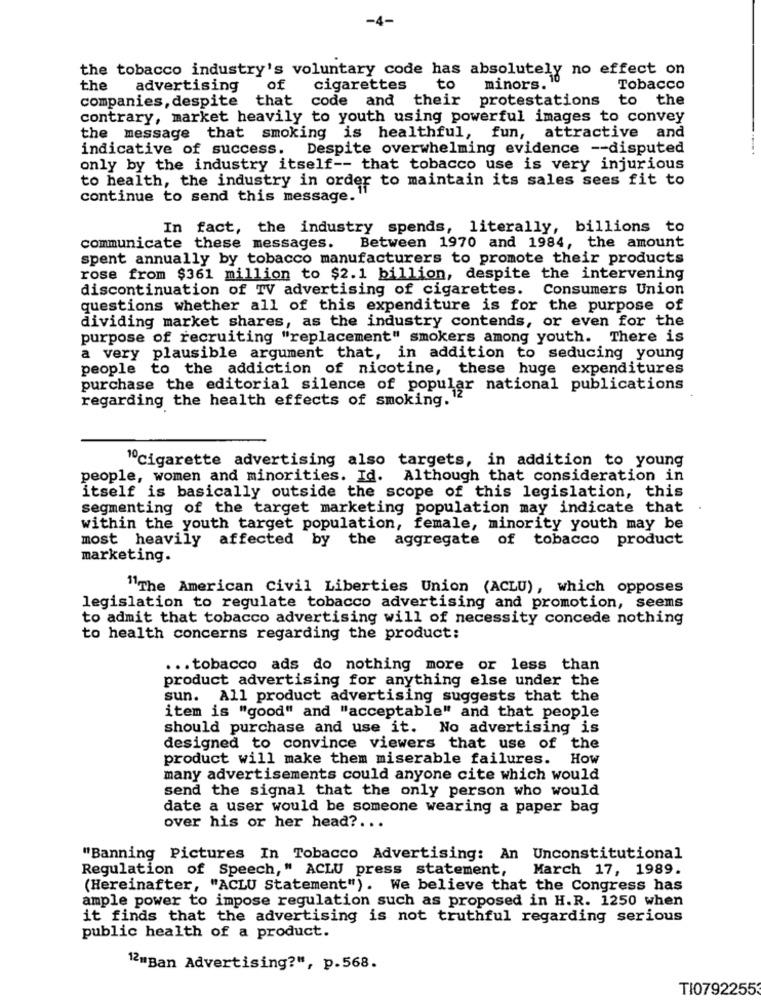
-4-
the tobacco industry's voluntary code has absolutely no effect on
the
advertising
of
cigarettes
to
minors.
Tobacco
companies, despite
that code and their
protestations to the
contrary, market heavily to youth using powerful images to convey
the message that smoking is healthful, fun, attractive and
indicative of success. Despite overwhelming evidence -- disputed
only by the industry itself -- that tobacco use is very injurious
to health, the industry in order to maintain its sales sees fit to
continue to send this message.
In fact, the industry spends, literally, billions to
communicate these messages.
Between 1970 and 1984, the amount
spent annually by tobacco manufacturers to promote their products
rose from $361 million to $2.1 billion, despite the intervening
discontinuation of TV advertising of cigarettes.
Consumers Union
questions whether all of this expenditure is for the purpose of
dividing market shares, as the industry contends, or even for the
purpose of recruiting "replacement" smokers among youth. There is
a very plausible argument that, in addition to seducing young
people to the addiction of nicotine, these huge expenditures
purchase the editorial silence of popular national publications
regarding the health effects of smoking.
"ºcigarette advertising also targets, in addition to young
people, women and minorities. Id. Although that consideration in
itself is basically outside the scope of this legislation, this
segmenting of the target marketing population may indicate that
within the youth target population, female, minority youth may be
most heavily affected by the aggregate of tobacco product
marketing.
"The American Civil Liberties Union (ACLU), which opposes
legislation to regulate tobacco advertising and promotion, seems
to admit that tobacco advertising will of necessity concede nothing
to health concerns regarding the product:
... tobacco ads do nothing more or less than
product advertising for anything else under the
sun. All product advertising suggests that the
item is "good" and "acceptable" and that people
should purchase and use it.
No advertising is
designed to convince viewers that use of the
product will make them miserable failures. How
many advertisements could anyone cite which would
send the signal that the only person who would
date a user would be someone wearing a paper bag
over his or her head ?...
"Banning Pictures In Tobacco Advertising: An Unconstitutional
Regulation of Speech," ACLU press statement,
March 17, 1989.
(Hereinafter, "ACLU Statement"). We believe that the Congress has
ample power to impose regulation such as proposed in H.R. 1250 when
it finds that the advertising is not truthful regarding serious
public health of a product.
12"Ban Advertising?", p.568.
TI07922553